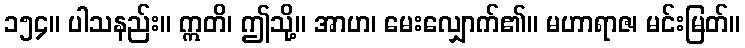
၁၅၄။ ပါသနည်း။ ဣတိ၊ ဤသို့။ အာဟ၊ မေးလျှောက်၏။ မဟာရာဇ၊ မင်းမြတ်။